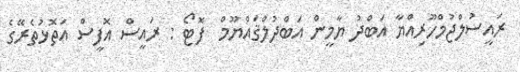
ރައީސުލްޖުމްހޫރިއްޔާ އަބްދު ޔާމީން އަބްދުލްޤައްޔޫމް  ފޮޓޯ : ރައީސް އޮފީސް އަތޮޅުތެރޭގެ